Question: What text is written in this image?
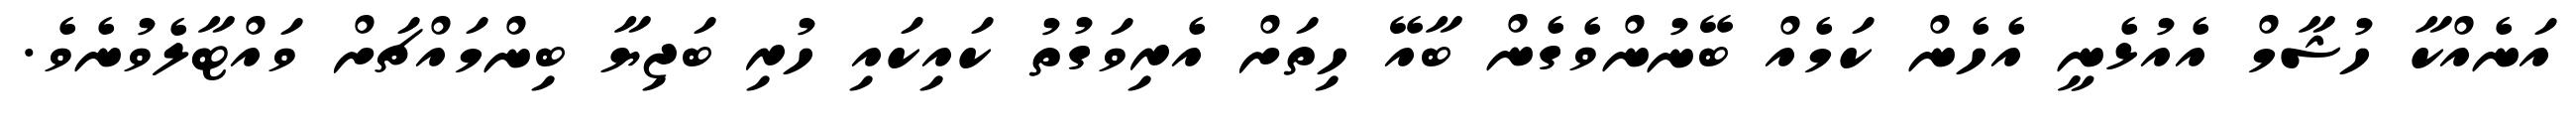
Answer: އަނެއްކާ ހުޝާމް އެއުޅެނީ އެހެން ކަމެއް ބޭނުންވެގެން ބާއޭ ހިތަށް އެރިވަގުތު ކައިކައި ހުރި ބަޖިޔާ ބިންމައްޗަށް ވައްޓާލެވުނެވެ.